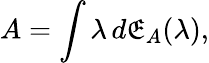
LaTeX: A=\int\lambda\, d\operatorname{\mathfrak{E}}_{A}(\lambda),